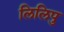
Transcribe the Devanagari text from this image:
लिलिपु